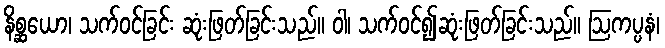
နိစ္ဆယော၊ သက်ဝင်ခြင်း ဆုံးဖြတ်ခြင်းသည်။ ဝါ၊ သက်ဝင်၍ဆုံးဖြတ်ခြင်းသည်။ ဩကပ္ပနံ၊